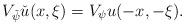
LaTeX: \begin{align*}V_{\check \psi} \check u(x,\xi)= V_\psi u(-x,-\xi). \end{align*}